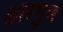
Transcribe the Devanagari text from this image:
क्षारगुण